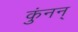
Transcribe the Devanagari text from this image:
कुंनन्